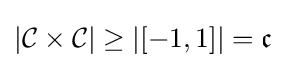
|{\mathcal {C}}\times {\mathcal {C}}|\geq |[-1,1]|={\mathfrak {c}}